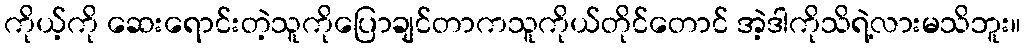
ကိုယ့်ကို ဆေးရောင်းတဲ့သူကိုပြောချင်တာကသူကိုယ်တိုင်တောင် အဲ့ဒါကိုသိရဲ့လားမသိဘူး။